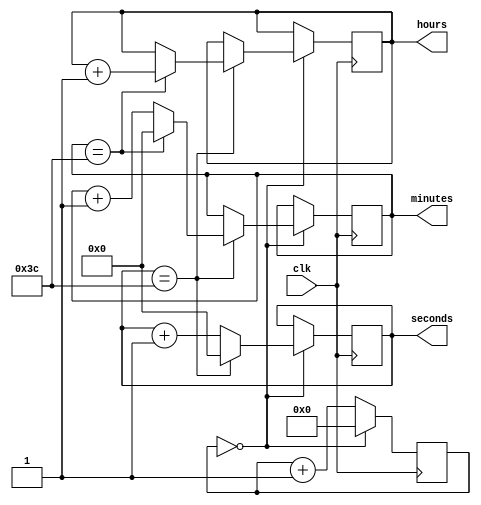
module binary_clock_divider(
    input wire clk,
    output reg [3:0] hours,
    output reg [5:0] minutes,
    output reg [5:0] seconds
);

reg [23:0] count;

always @(posedge clk) begin
    if (count == 24'd0) begin
        seconds <= seconds + 1;
        count <= 24'd0;
        
        if (seconds == 60) begin
            seconds <= 6'd0;
            minutes <= minutes + 1;
            
            if (minutes == 60) begin
                minutes <= 6'd0;
                hours <= hours + 1;
                
                if (hours == 24) begin
                    hours <= 4'd0;
                end
            end
        end
    end else begin
        count <= count + 1;
    end
end

endmodule